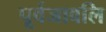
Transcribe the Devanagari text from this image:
पूर्वजावलि